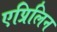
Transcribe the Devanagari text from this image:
एप्रिलिन